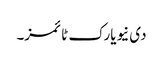
دی نیویارک ٹائمز۔